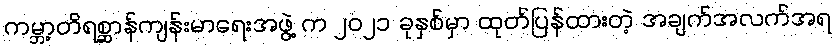
ကမ္ဘာ့တိရစ္ဆာန်ကျန်းမာရေးအဖွဲ့ က ၂၀၂၁ ခုနှစ်မှာ ထုတ်ပြန်ထားတဲ့ အချက်အလက်အရ